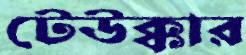
টেউক্কার